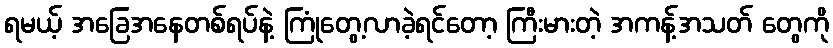
ရမယ့် အခြေအနေတစ်ရပ်နဲ့ ကြုံတွေ့လာခဲ့ရင်တော့ ကြီးမားတဲ့ အကန့်အသတ် တွေကို